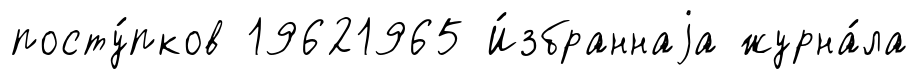
посту́пков 19621965 И́збраннаjа журна́ла